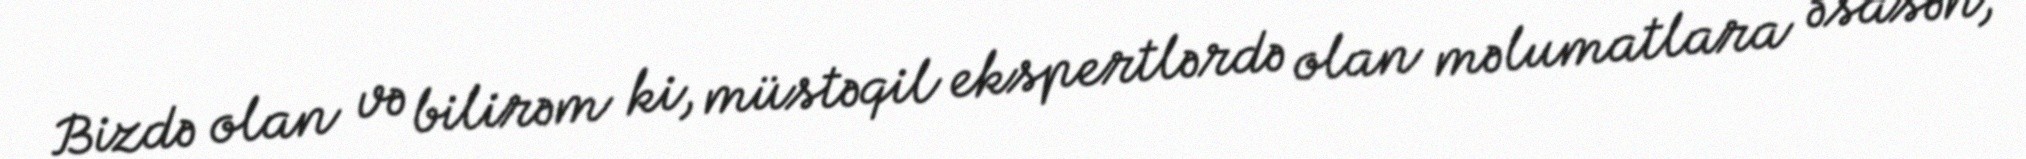
Bizdə olan və bilirəm ki, müstəqil ekspertlərdə olan məlumatlara əsasən,